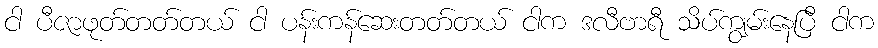
ငါ ပီဇာဖုတ်တတ်တယ် ငါ ပန်းကန်ဆေးတတ်တယ် ငါက ဒလီဗာရီ သိပ်ကျွမ်းနေပြီ ငါက